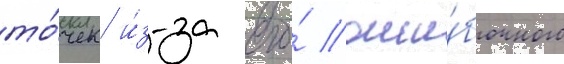
то́чек и́з-за его́ оши́бочного